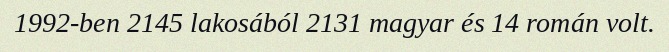
1992-ben 2145 lakosából 2131 magyar és 14 román volt.